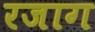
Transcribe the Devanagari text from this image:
रजाग